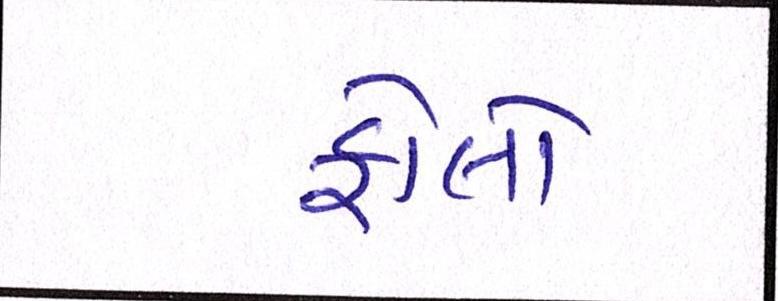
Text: ફોલો